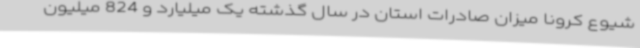
شیوع کرونا میزان صادرات استان در سال گذشته یک میلیارد و 824 میلیون